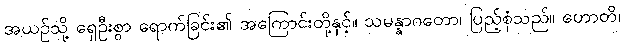
အယဉ်သို့ ရှေဦးစွာ ရောက်ခြင်း၏ အကြောင်းတို့နှင့်။ သမန္နာဂတော၊ ပြည့်စုံသည်။ ဟောတိ၊